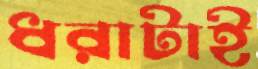
ধরাটাই